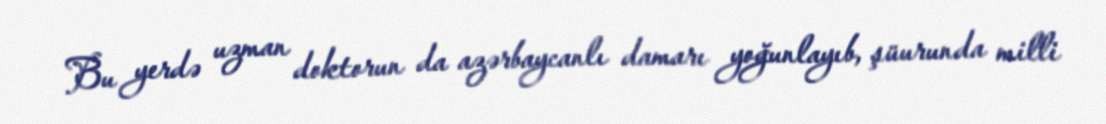
Bu yerdə uzman doktorun da azərbaycanlı damarı yoğunlayıb, şüurunda milli